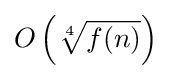
O\left({\sqrt[{4}]{f(n)}}\right)